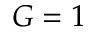
G = 1